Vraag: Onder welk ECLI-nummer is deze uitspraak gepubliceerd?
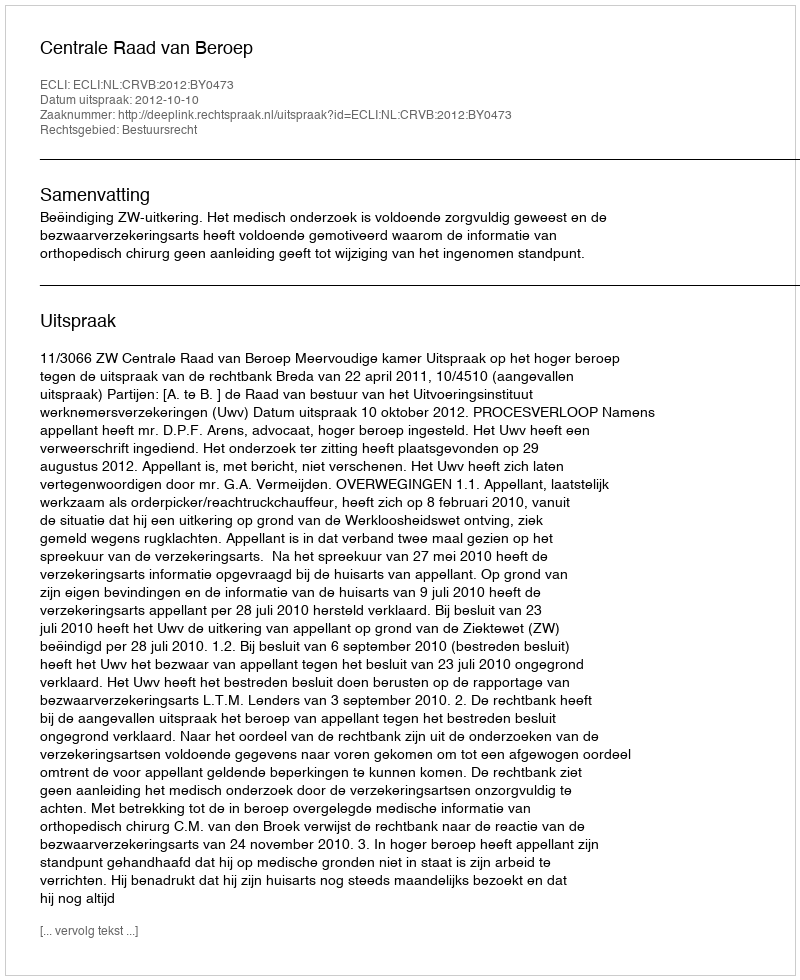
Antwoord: ECLI:NL:CRVB:2012:BY0473